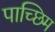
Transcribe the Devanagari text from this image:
पाच्छिम